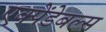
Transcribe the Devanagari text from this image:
एक्पेंडेबल्स